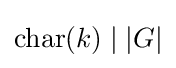
{\text{char}}(k)\mid |G|